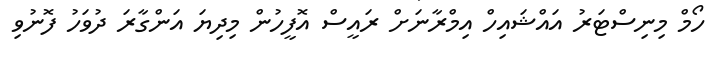
ހޯމް މިނިސްޓަރު އައްޝައިހް އިމްރާނަށް ރައީސް އޮފީހުން މިދިޔަ އަންގާރަ ދުވަހު ފޮނުވި